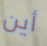
أين